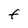
Character: t